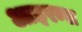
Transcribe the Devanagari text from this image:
आइरन्स